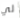
لي